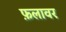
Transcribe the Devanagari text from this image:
फ़लावर